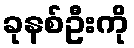
ခုနစ်ဦးကို